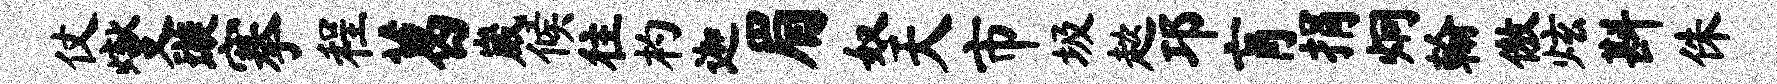
仗燮璇搴程葛崴候往杓迦眉奴天市圾趑邛肓捐炯翰傲炫斟侏